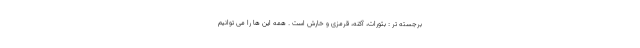
برجسته تر : بثورات، آکنه، قرمزی و خارش است . همه این ها را می توانیم